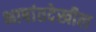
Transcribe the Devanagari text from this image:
भाषांतदेखील